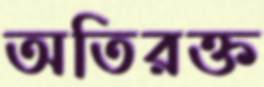
অতিরক্ত